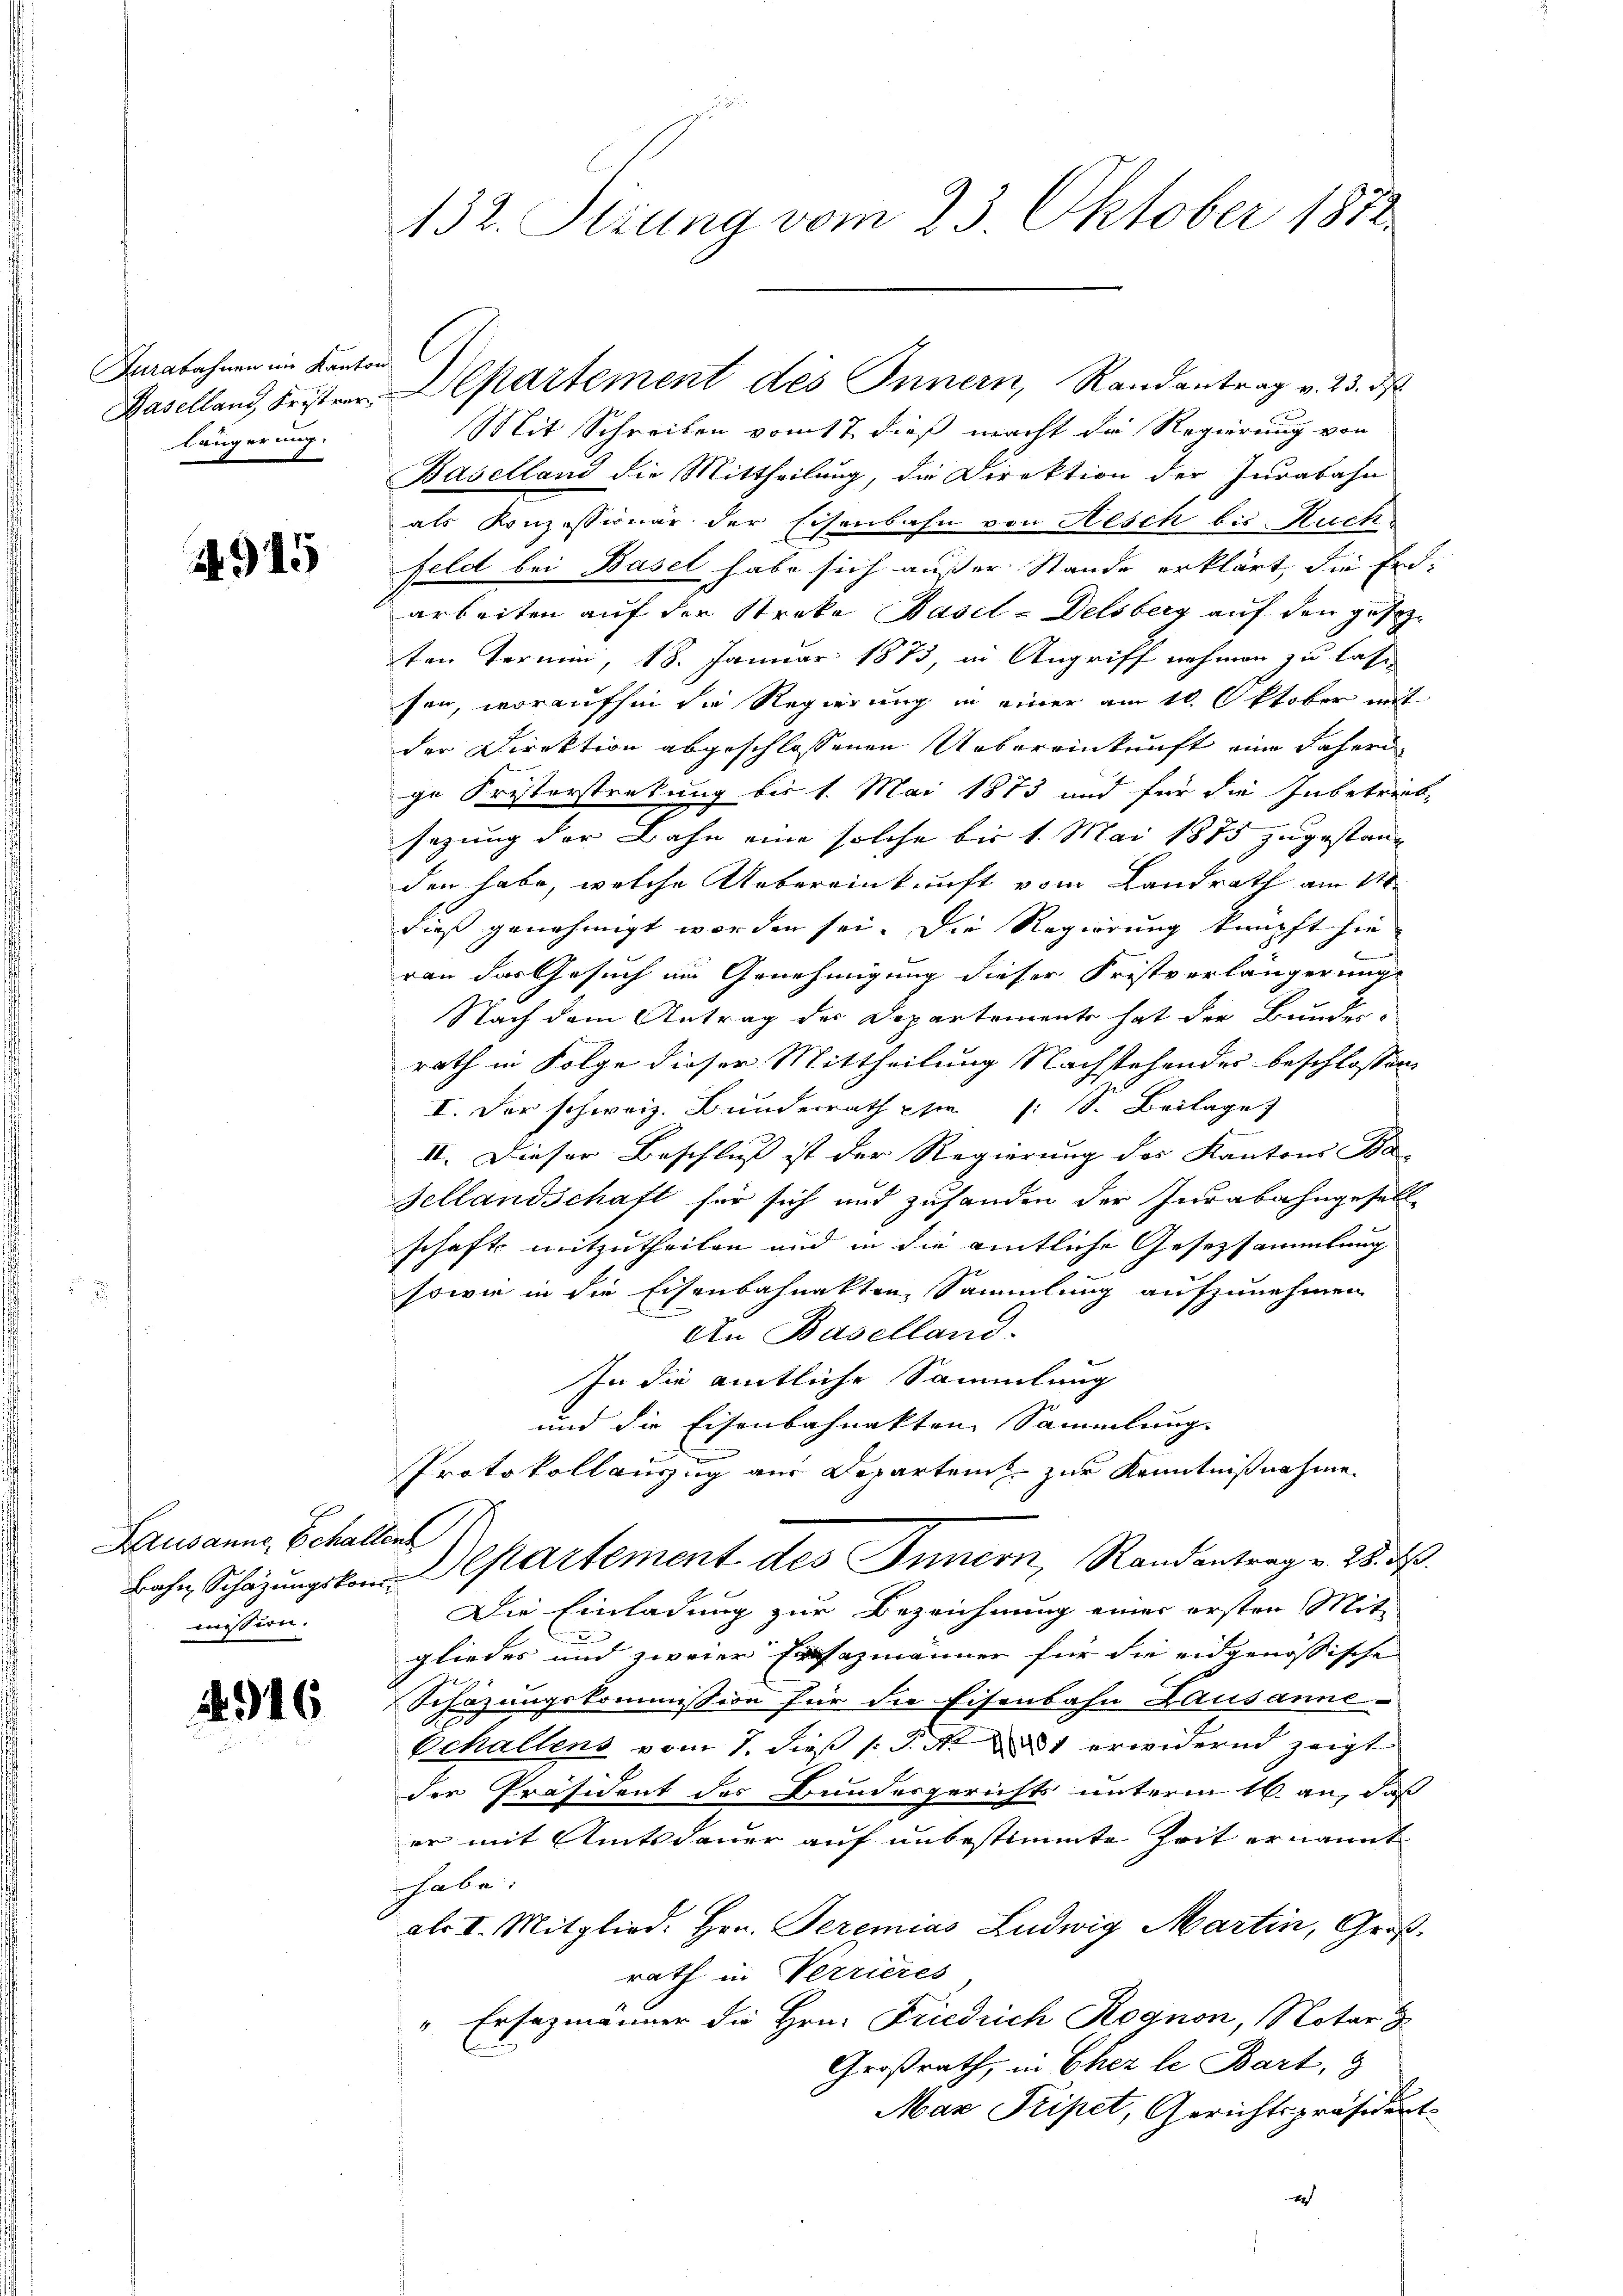
Furabahnen im Kantons C
Längerung.

4915

Kausanne Schalten
äessern.

1916

Mit Schreiben vom 17 dieß macht die Regierung von
Baselland die Mittheilung, die Direktion der Jurabahn
als Konzessionär der Eisenbahn von Resch bis Ruck
feld bei Basel habe sich außer Stande erklärt, die Erdarbeiten auf der Streke Basel-Delsberg auf den gesezten Termin, 18. Januar 1873, in Angriff nehmen zu lassen
son, woraufhin die Regierung in einer am 10 ktober mit
der Direktion abgeschlossenen Uebereinkunft eine Jahren
ge Kristersteckung bis 1. Mai 1873 und für die Inbetreibe
sezung der Bahn eine solche bis 1. Mai 1873 zugestand
den habe, welche Uebereinkunft vom Landrath am 11.
dieß genehmigt worden sei. Die Regierung knüpft sie
e
ran das Gesuch im Genehmigung dieser Fristverlängerung
Nach dem Antrag der Departemente hat der Bunden-
rath in Folge dieser Mittheilung Nachstehendes beschlossen
I. Der schweiz. Bundesrath pfer : 1. Beilage
.
II. Dieser Beschluß ist der Regierung des Kantons Ba-
Sellandschaft für sich und zuhanden der Indabahngesell-
schaft mitzutheilen und in die amtliche Gesetzsammlung
sowie in die Eisenbahnakten, Sammlung aufzunehmen
An Baselland.
In die amtliche Sammlung
und die Eisenbahnakten Sammlung
Protokollauszug aus Departent zur Kenntnißnahme
Bahn Schazungs von Departement des Innern, Randantrag v. 28. d.
Die Einladung zur Bezeichnung einer ersten Mit
gliedes und zweier Ersezmänner für die eidgenössische
Schazungskommission für die Eisenbahn Lausanne-
Schallens vom 7. dieß (: P. Nr. 1 erwidernd zeigt
der Präsident des Bundesgerichts unterm 16. an, daß
er mit Amtsdauer auf unbestimmte Zeit ernannt
habe.
als I. Mitglied. Hrn. Seremias Ludwig Martin, Groß
rath in Verrieres
"Ersezmänner die Hrn. Friedrich Rognon, Notar z
Großrath, in Eher le Bart, &
Mar Pripet, Gerichtspräsidert.
4

132. Setzung vom 23. Oktober 1872

Baselland Fristerr. Departement des Innern, Randantrag v. 23. ds